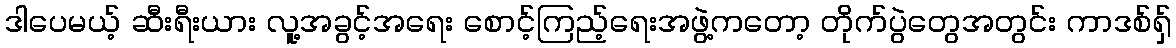
ဒါပေမယ့် ဆီးရီးယား လူ့အခွင့်အရေး စောင့်ကြည့်ရေးအဖွဲ့ကတော့ တိုက်ပွဲတွေအတွင်း ကာဒစ်ရှ်